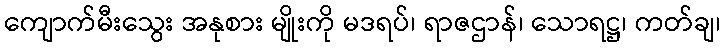
ကျောက်မီးသွေး အနုစား မျိုးကို မဒရပ်၊ ရာဇဌာန်၊ သောရဋ္ဌ၊ ကတ်ချ၊